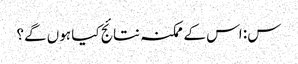
س: اس کے ممکنہ نتائج کیا ہوں گے؟